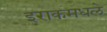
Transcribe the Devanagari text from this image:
इराकमधले